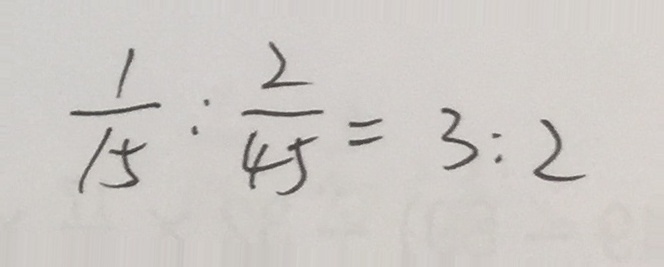
\frac { 1 } { 1 5 } : \frac { 2 } { 4 5 } = 3 : 2